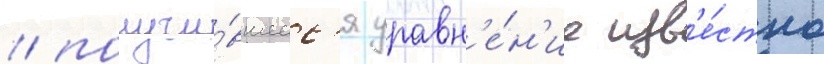
/ получи́вшеес'я уравн'е́н'ие изв'е́стно